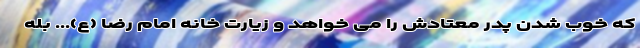
که خوب شدن پدر معتادش را می خواهد و زیارت خانه امام رضا (ع)... بله